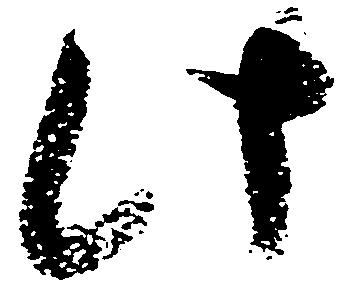
此